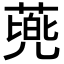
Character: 𮐰